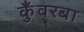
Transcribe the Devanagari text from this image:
कुँवरबा